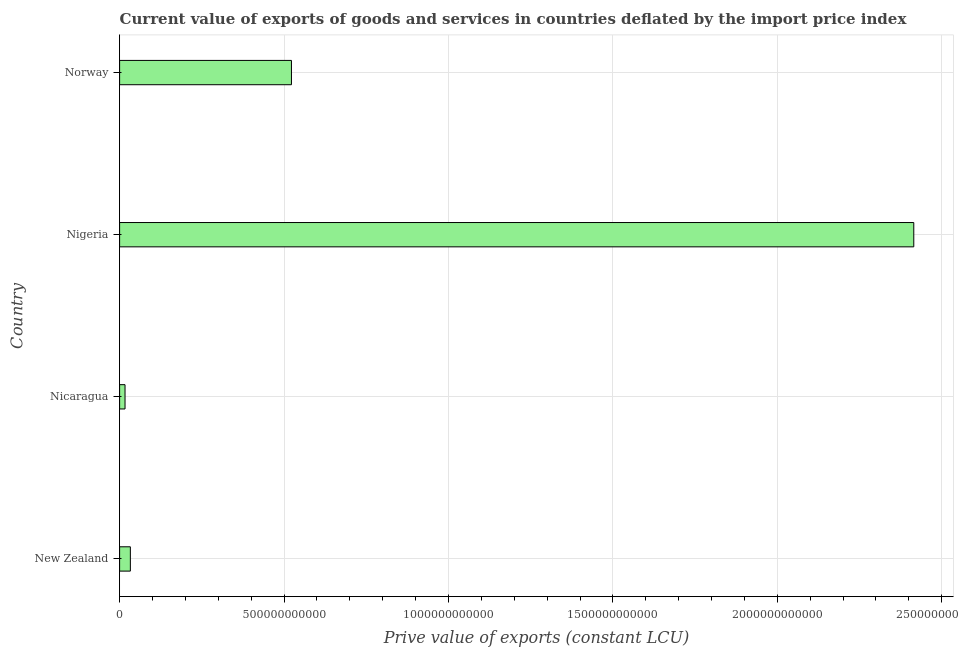
| Country | Exports as a capacity to import (constant LCU) |
 | --- | --- |
 | New Zealand | 3.27e+10 |
 | Nicaragua | 1.65e+10 |
 | Nigeria | 2.42e+12 |
 | Norway | 5.23e+11 |